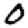
Digit: 0